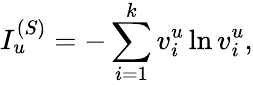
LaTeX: I_{u}^{(S)}=-\sum_{i=1}^{k}v_{i}^{u}\ln v_{i}^{u},